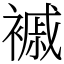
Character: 䙘